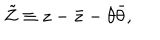
LaTeX: \tilde { Z } \equiv z - \bar { z } - \theta \bar { \theta } ,